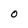
Character: 0